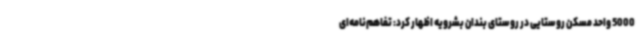
5000 واحد مسکن روستایی در روستای بندان بشرویه اظهار کرد: تفاهم‌نامه‌ای